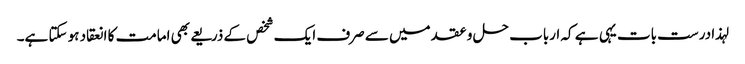
لہذا درست بات یہی ہے کہ ارباب حل و عقد میں سے صرف ایک شخص کے ذریعے بھی امامت کا انعقاد ہو سکتا ہے۔